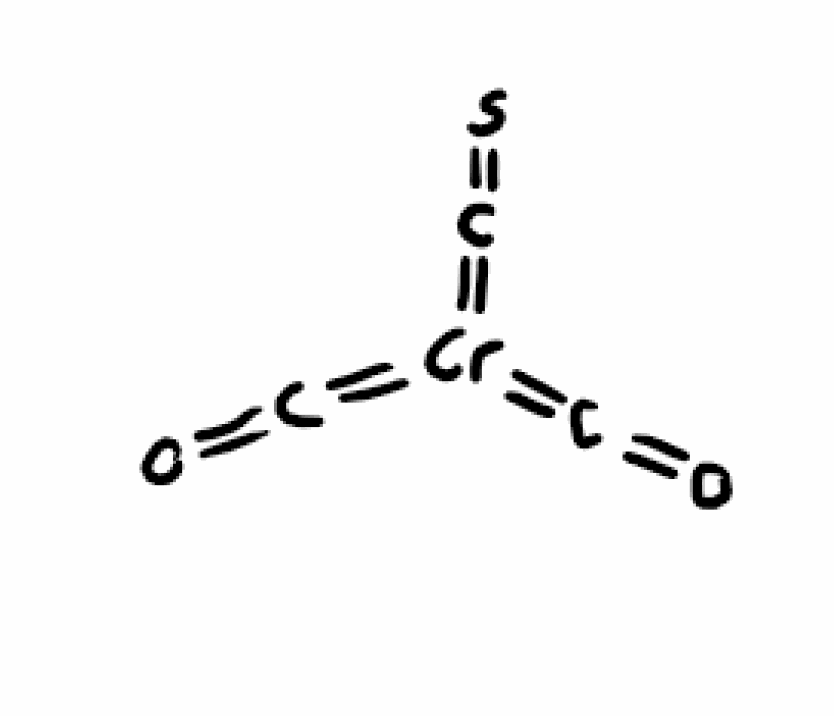
Simplified molecular-input line-entry system (SMILES) notation of the given molecule:
C(=O)=[Cr](=C=O)=C=S